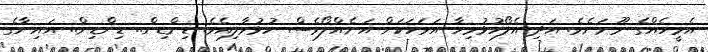
އެމީހެއްގެ މޫނަށެވެ. އަދި އެލޯހުޅުވިހާ އަވަހަކަށް އަނެއްލޯވެސް ހުޅުވާލިއެވެ. ޑިންޑިން.. ޑިންޑިން.. އައިނާގެ